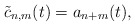
\begin{gather*}{\tilde{c}}_{n,m}(t)=a_{n+m}(t),\end{gather*}